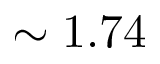
\sim 1 . 7 4